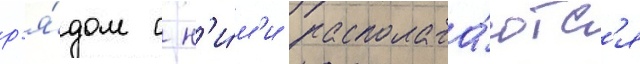
р'я́дом с н'и́м'и располага́ютс'я